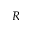
_ R